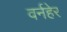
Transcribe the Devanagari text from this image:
वर्नहेर